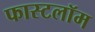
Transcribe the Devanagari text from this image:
फास्टलॉम